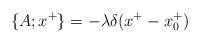
LaTeX: \begin{align*}\{A; x^{+} \}=- \lambda \delta(x^{+}-x^{+}_{0})\end{align*}